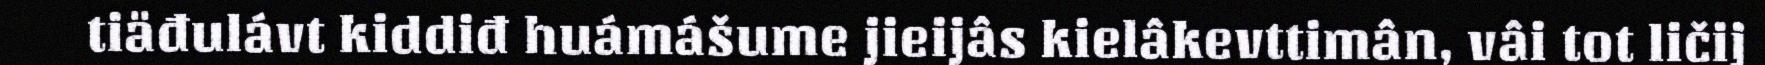
tiäđulávt kiddiđ huámášume jieijâs kielâkevttimân, vâi tot ličij